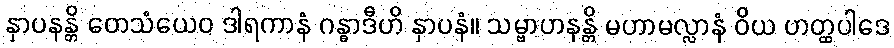
နှာပနန္တိ တေသံယေဝ ဒါရကာနံ ဂန္ဓာဒီဟိ နှာပနံ။ သမ္ဗာဟနန္တိ မဟာမလ္လာနံ ဝိယ ဟတ္ထပါဒေ